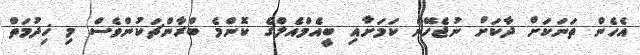
އެހެން ތަނަކަށް ދާކަށް ނުޖެހޭނެ ކަމަށާއި ބީއެމްއެލްގެ ކޮންމެ ބްރާންޗަކުންވެސް މި ޚިދުމަތް